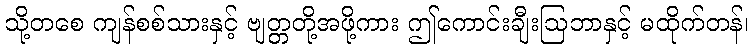
သို့တစေ ကျန်စစ်သားနှင့် ဗျတ္တတို့အဖို့ကား ဤကောင်းချီးဩဘာနှင့် မထိုက်တန်၊